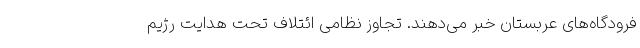
فرودگاه‌های عربستان خبر می‌دهند. تجاوز نظامی ائتلاف تحت هدایت رژیم